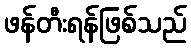
ဖန်တီးရန်ဖြစ်သည်